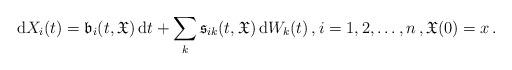
LaTeX: \begin{align*}\mathrm{d}X_i(t) = \mathfrak{b}_i(t,\mathfrak{X})\, \mathrm{d}t + \sum_{k}\mathfrak{s}_{ik}(t,\mathfrak{X}) \,\mathrm{d}W_k(t)\,, i=1,2,\dots,n\,,\mathfrak{X}(0) = x\,.\end{align*}